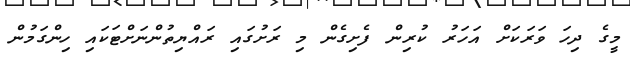
މީގެ ދިހަ ވަރަކަށް އަހަރު ކުރިން ފެށިގެން މި ރަށުގައި ރައްޔިތުންނަށްޓަކައި ހިންގަމުން